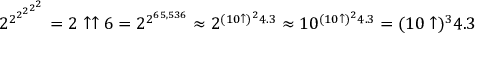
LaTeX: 2 ^ { 2 ^ { 2 ^ { 2 ^ { 2 ^ { 2 } } } } } = 2 \uparrow \uparrow 6 = 2 ^ { 2 ^ { 6 5 , 5 3 6 } } \approx 2 ^ { ( 1 0 \uparrow ) ^ { 2 } 4 . 3 } \approx 1 0 ^ { ( 1 0 \uparrow ) ^ { 2 } 4 . 3 } = ( 1 0 \uparrow ) ^ { 3 } 4 . 3